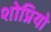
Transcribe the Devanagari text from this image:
शोप्रियो